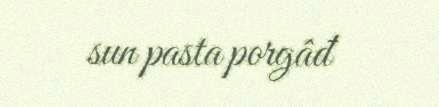
sun pasta porgâđ